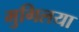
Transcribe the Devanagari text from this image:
मुगिलया